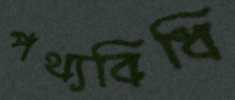
পথ্যবিধি